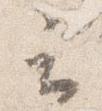
云